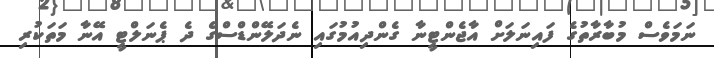
ނަމަވެސް މުބާރާތުގެ ފައިނަލަށް އާޖެންޓީނާ ގެންދިއުމުގައި ނެދަލޭންޑްސްގެ ދެ ޕެނަލްޓީ އޭނާ މަތަކުރި